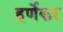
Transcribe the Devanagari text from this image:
हर्णेकर